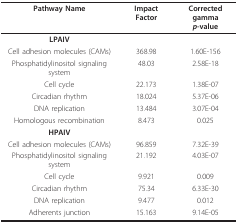
<table><thead><tr><td><b>Pathway Name</b></td><td><b>Impact Factor</b></td><td><b>Corrected gamma<i>p</i>-value</b></td></tr></thead><tbody><tr><td><b>LPAIV</b></td><td></td><td></td></tr><tr><td>Cell adhesion molecules (CAMs)</td><td>368.98</td><td>1.60E-156</td></tr><tr><td>Phosphatidylinositol signaling system</td><td>48.03</td><td>2.58E-18</td></tr><tr><td>Cell cycle</td><td>22.173</td><td>1.38E-07</td></tr><tr><td>Circadian rhythm</td><td>18.024</td><td>5.37E-06</td></tr><tr><td>DNA replication</td><td>13.484</td><td>3.07E-04</td></tr><tr><td>Homologous recombination</td><td>8.473</td><td>0.025</td></tr><tr><td><b>HPAIV</b></td><td></td><td></td></tr><tr><td>Cell adhesion molecules (CAMs)</td><td>96.859</td><td>7.32E-39</td></tr><tr><td>Phosphatidylinositol signaling system</td><td>21.192</td><td>4.03E-07</td></tr><tr><td>Cell cycle</td><td>9.921</td><td>0.009</td></tr><tr><td>Circadian rhythm</td><td>75.34</td><td>6.33E-30</td></tr><tr><td>DNA replication</td><td>9.477</td><td>0.012</td></tr><tr><td>Adherents junction</td><td>15.163</td><td>9.14E-05</td></tr></tbody></table>